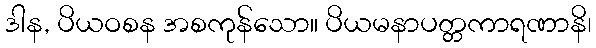
ဒါန, ပိယဝစန အစကုန်သော။ ပိယမနာပတ္တကာရဏာနိ၊